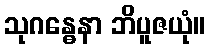
သုဂန္ဓေနာ ဘိပူဇယုံ။